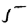
Digit: 5